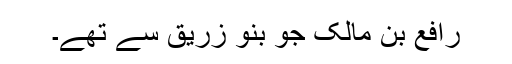
رَافِع بن مالِک جو بنو زُرَیْق سے تھے۔